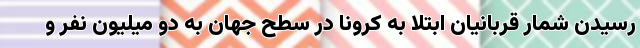
رسیدن شمار قربانیان ابتلا به کرونا در سطح جهان به دو میلیون نفر و